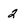
Character: 2